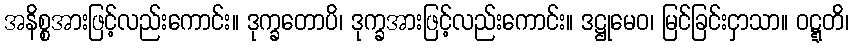
အနိစ္စအားဖြင့်လည်းကောင်း။ ဒုက္ခတောပိ၊ ဒုက္ခအားဖြင့်လည်းကောင်း။ ဒဋ္ဌုမေဝ၊ မြင်ခြင်းငှာသာ။ ဝဋ္ဋတိ၊